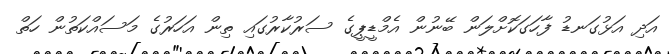
އަދި އަޅުގަނޑު ފާހަގަކޮށްލަން ބޭނުން އެމްޑީޕީގެ ސަރުކާރުގައި ތިން އަހަރުގެ މަސައްކަތުން ހަތް